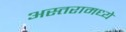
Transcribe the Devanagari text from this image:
अस्तरामध्ये